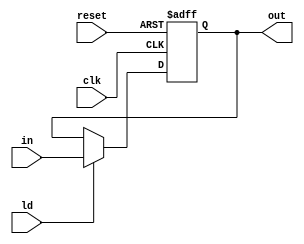
`timescale 1ns / 1ps
//////////////////////////////////////////////////////////////////////////////////
// Company: 
// Engineer: 
// 
// Design Name: 
// Module Name: pipo2
// Project Name: 
// Target Devices: 
// Tool Versions: 
// Description: 
// 
// Dependencies: 
// 
// Revision:
// Revision 0.01 - File Created
// Additional Comments:
// 
//////////////////////////////////////////////////////////////////////////////////


module pipo2(output reg out, input in, input ld,clk,reset);
always @(posedge clk,posedge reset)
begin
    if(reset)
        out <= 0;
    else if(ld)
        out <= in;       
end
endmodule